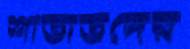
শীতার্তদের